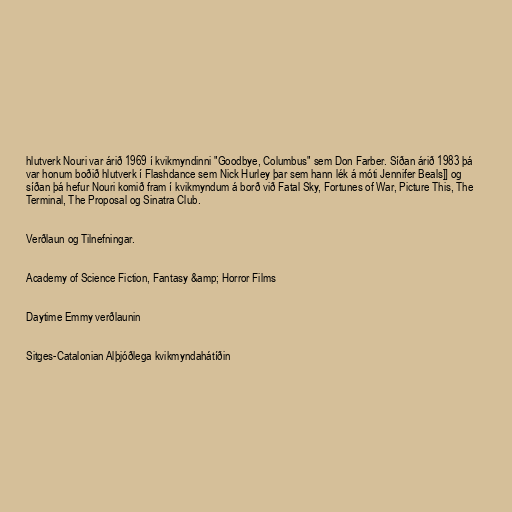
hlutverk Nouri var árið 1969 í kvikmyndinni "Goodbye, Columbus" sem Don Farber. Síðan árið 1983 þá
var honum boðið hlutverk í Flashdance sem Nick Hurley þar sem hann lék á móti Jennifer Beals]] og
síðan þá hefur Nouri komið fram í kvikmyndum á borð við Fatal Sky, Fortunes of War, Picture This, The
Terminal, The Proposal og Sinatra Club.

Verðlaun og Tilnefningar.

Academy of Science Fiction, Fantasy &amp; Horror Films

Daytime Emmy verðlaunin

Sitges-Catalonian Alþjóðlega kvikmyndahátíðin